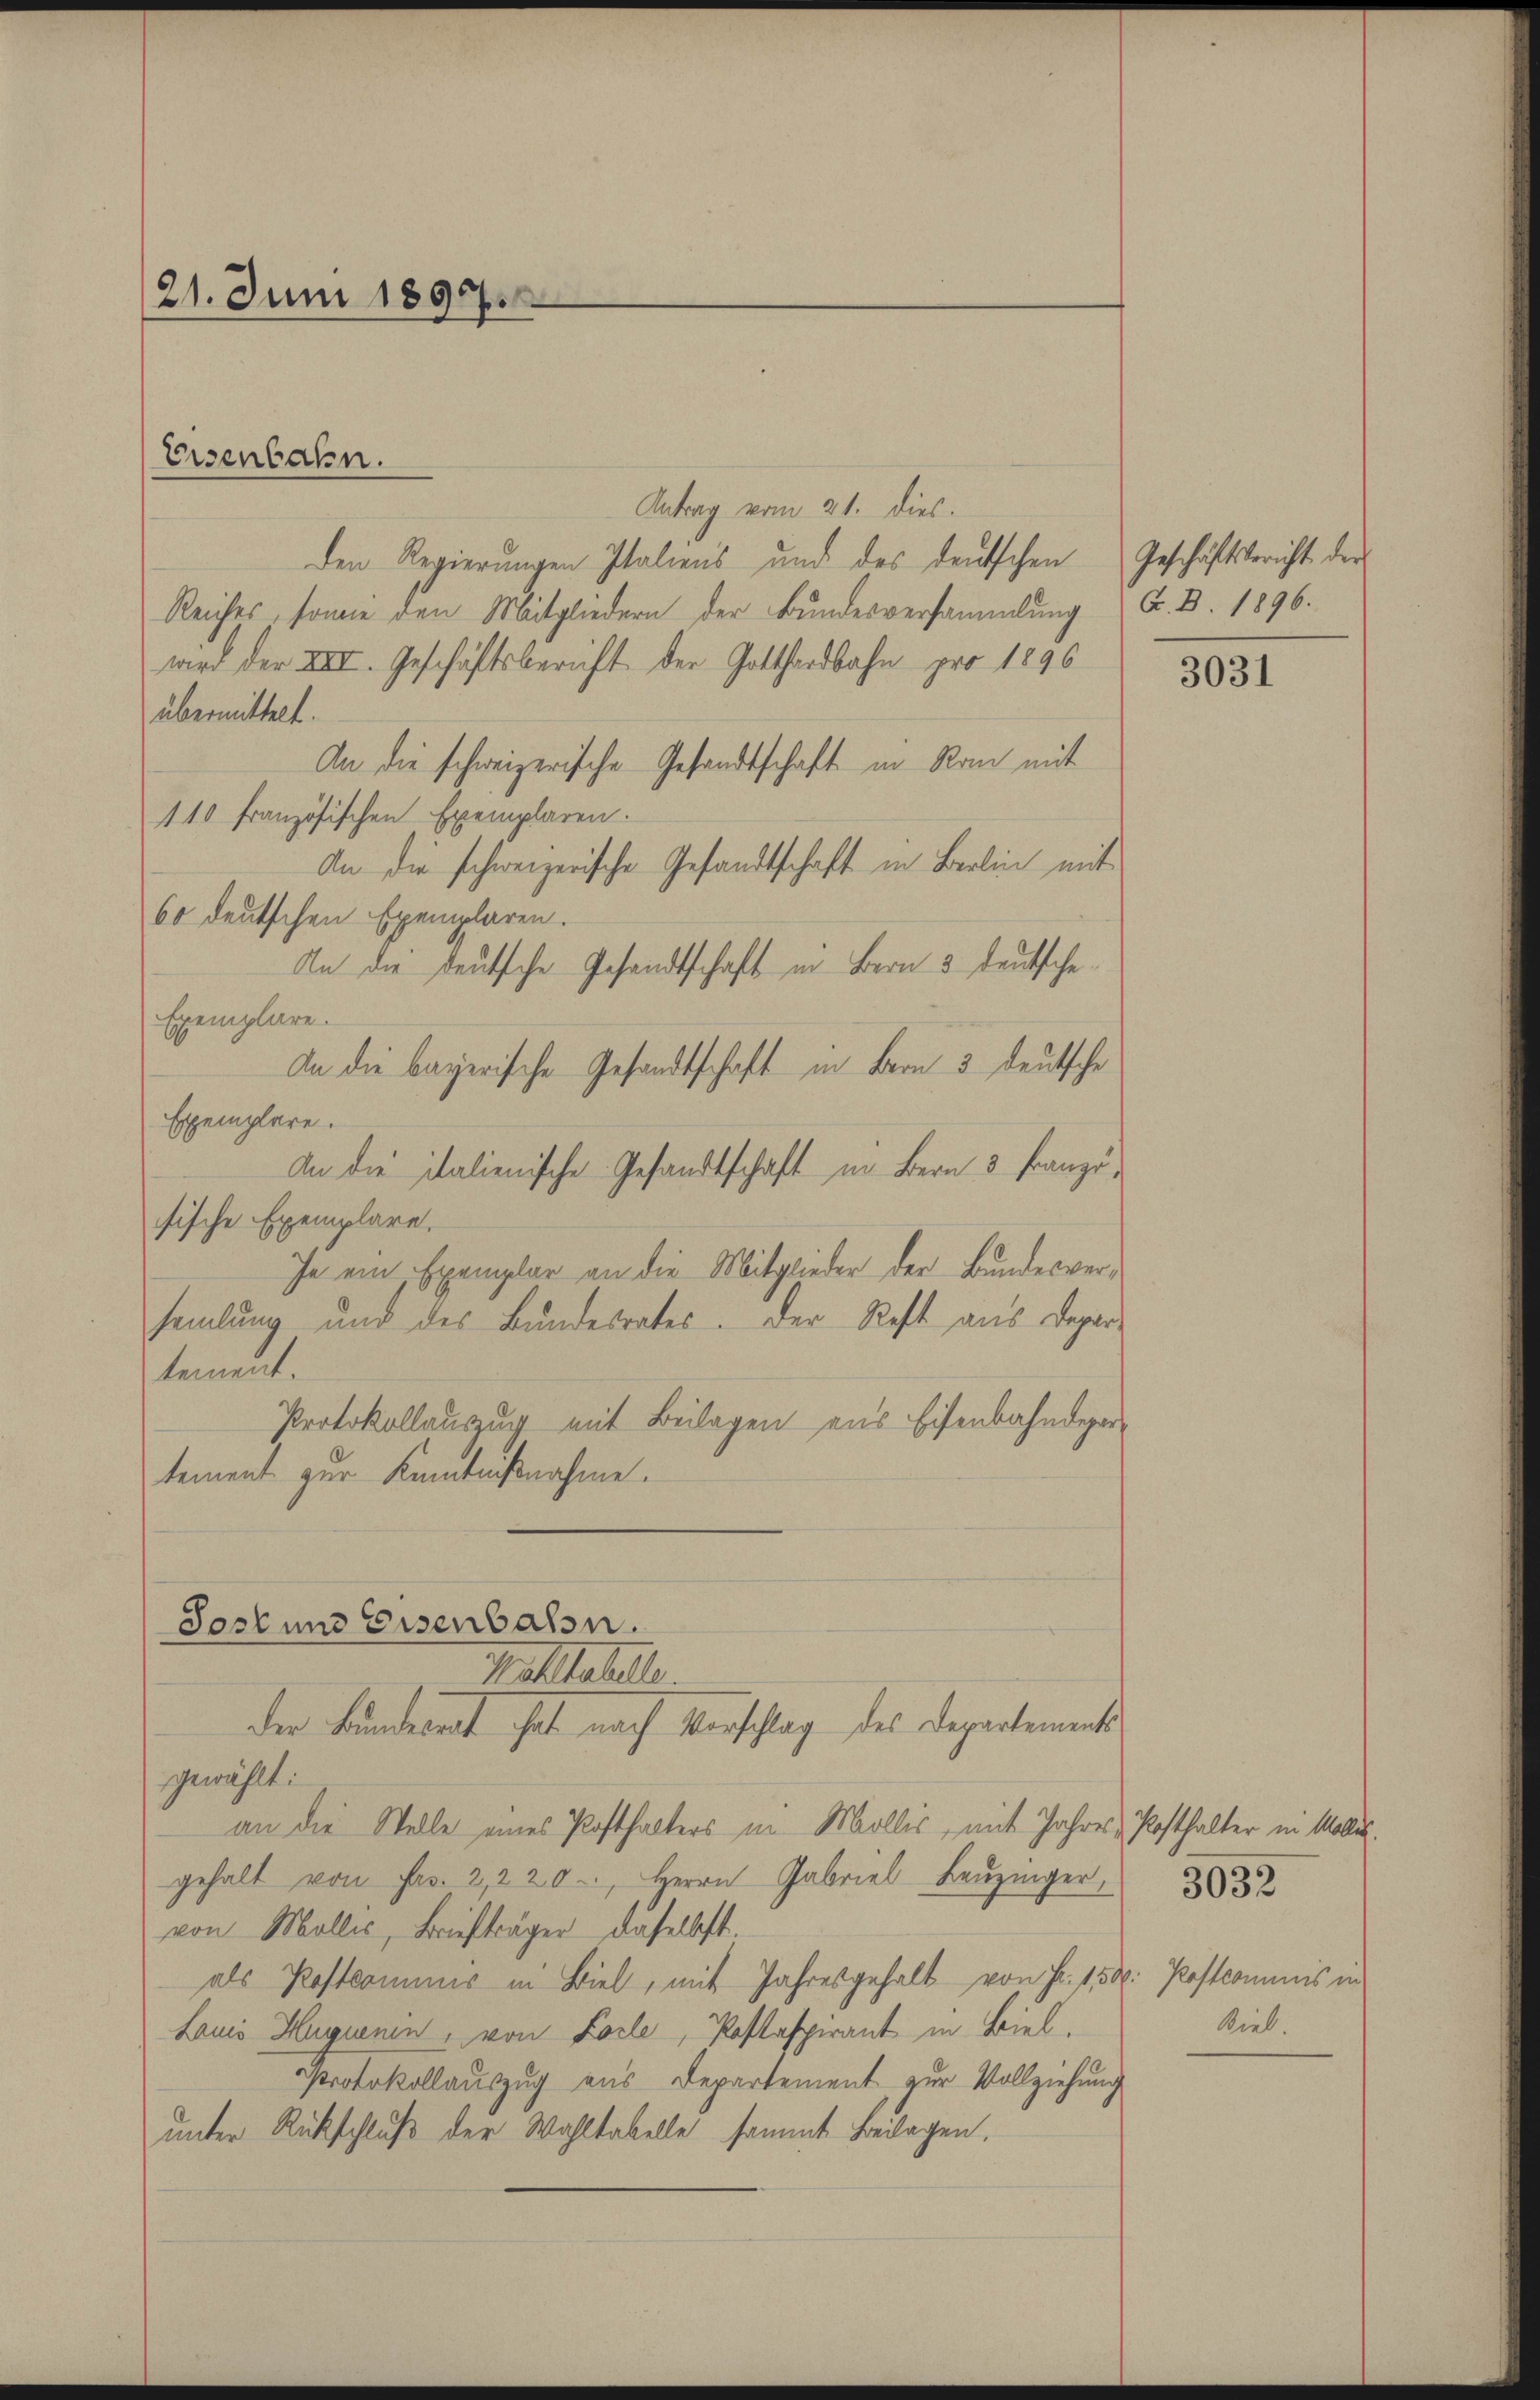
21. Juni 1897.

Eisenbahn.

Sosl und Eisenbahn.

Antrag vom 21. dies.
den Regierungen Italiens und des deutschen Geschäftsbericht der
Reiches, sowie den Mitgliedern der Bundesversammlung
wird der XIII. Geschäftsbericht der Gotthardbahn pro 1896
übermittelt.
An die schweizerische Gesandtschaft in Ran mit
110 französischen Exemplaren.
An die schweizerische Gesandtschaft in Berlin mit
60 deutschen Exemplaren.
An die deutsche Gesandtschaft in Bern 3 Deutsche
Exemplare.
An die bayerische Gesandtschaft in Bern 3 deutsche
Exemplare.
An die italienische Gesandtschaft in Bern 3 Französische Exemplare.
Ja ein Exemplar an die Mitglieder der Bundesver-
samlung und des Bundesrates. Der Rest aus Depar-
tement.
Protokollauszug mit Beilagen aus Eisenbahndepar-
tement zur Kenntnißnahme.

Mastahls.
der Bundesrat hat nach Vorschlag des Departements
gewählt:
an die Stelle eines Posthalters in Mollis, mit Jahres Posthalter in Mollis.
gehalt von Fr. 2, 220. Herrn Gabriel Leuzinger,
von Mollis, Briefträger daselbst.
als Postkommnis in Biel, mit Jahresgehalt von Fr. 1500. Postcommis in
Lauis Huguenin, von Folle, Postaspirant in Biel,
Protokollauszug aus Departement zur Vollziehung
unter Rückschluß der Wahltabelle sammt Beilagen.

A. B. 1896.

3031

Biel.

3032